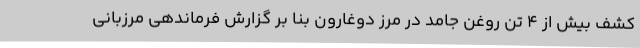
کشف بیش از 4 تن روغن جامد در مرز دوغارون بنا بر گزارش فرماندهی مرزبانی